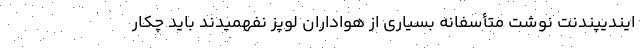
ایندیپندنت نوشت متأسفانه بسیاری از هواداران لوپز نفهمیدند باید چکار